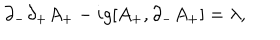
\partial _ { - } \partial _ { + } A _ { + } - i g [ A _ { + } , \partial _ { - } A _ { + } ] = \lambda ,